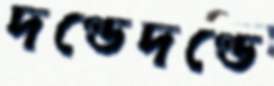
দণ্ডেদণ্ডে